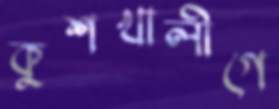
কুশখালীগে